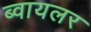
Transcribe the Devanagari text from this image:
ब्वायलर